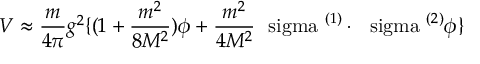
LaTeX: V \approx \frac { m } { 4 \pi } g ^ { 2 } \{ ( 1 + \frac { m ^ { 2 } } { 8 M ^ { 2 } } ) \phi + \frac { m ^ { 2 } } { 4 M ^ { 2 } } \mathrm { \boldmath ~ \ s i g m a ~ } ^ { ( 1 ) } \cdot \mathrm { \boldmath ~ \ s i g m a ~ } ^ { ( 2 ) } \phi \}